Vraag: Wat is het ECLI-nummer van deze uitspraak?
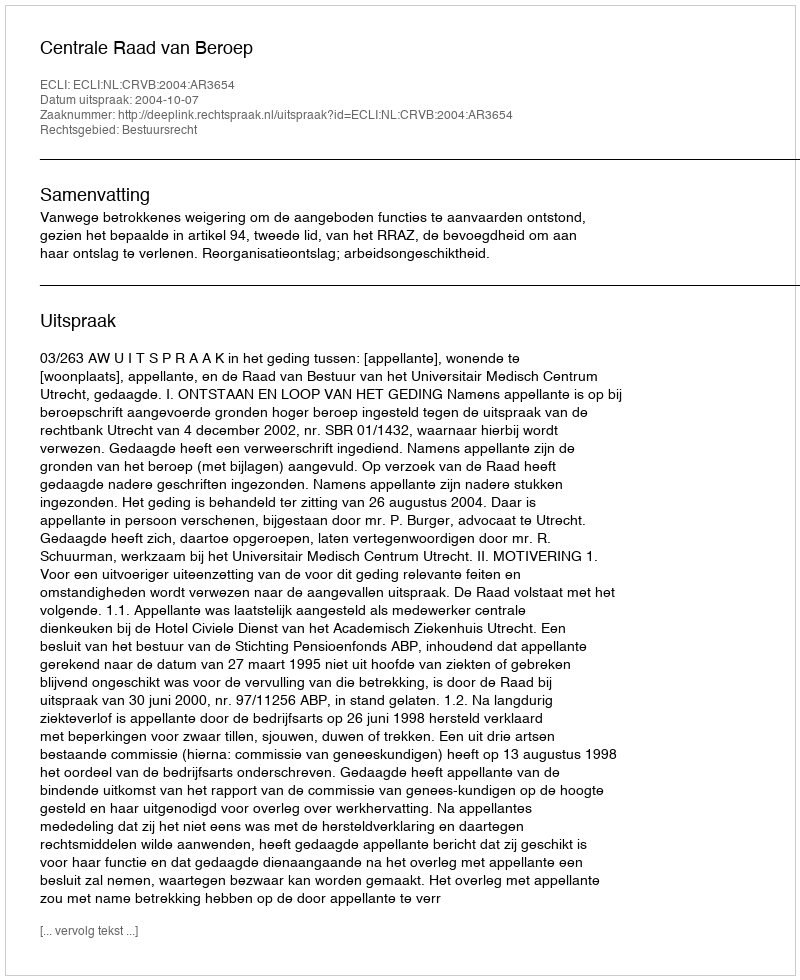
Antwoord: ECLI:NL:CRVB:2004:AR3654